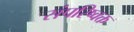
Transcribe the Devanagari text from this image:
संपरिष्वक्त